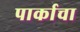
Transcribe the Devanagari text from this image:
पार्काचा